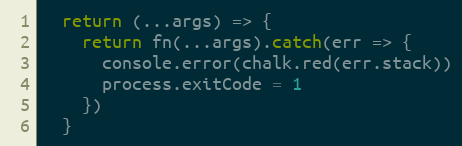
Language: JavaScript
  return (...args) => {
    return fn(...args).catch(err => {
      console.error(chalk.red(err.stack))
      process.exitCode = 1
    })
  }